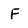
Character: F